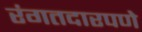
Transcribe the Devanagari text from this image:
रंगतदारपणे